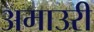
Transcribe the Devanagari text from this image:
अमाउरी